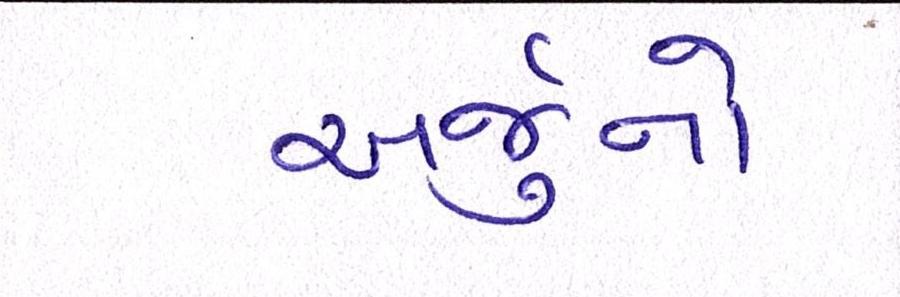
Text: અર્જુનો